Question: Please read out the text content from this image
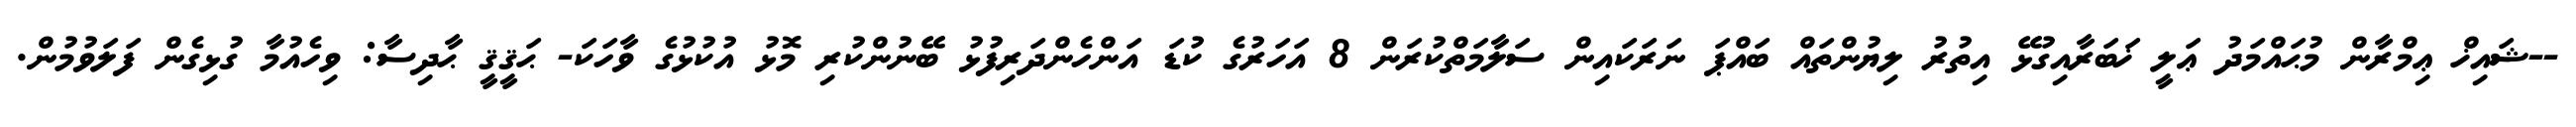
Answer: --ޝައިޚް ޢިމްރާން މުޙައްމަދު ޢަލީ ޚަބަރާއިގުޅޭ އިތުރު ލިޔުންތައް ބައްޕަ ނަރަކައިން ސަލާމަތްކުރަން 8 އަހަރުގެ ކުޑަ އަންހެންދަރިފުޅު ބޭނުންކުރި މޮޅު އުކުޅުގެ ވާހަކަ- ޙަޤީޤީ ޙާދިސާ: ވިހެއުމާ ގުޅިގެން ފަލަވުމުން.